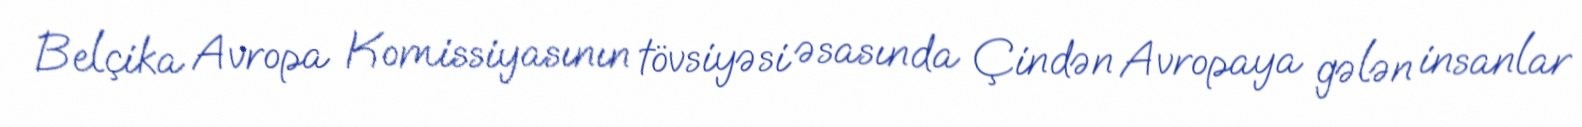
Belçika Avropa Komissiyasının tövsiyəsi əsasında Çindən Avropaya gələn insanlar